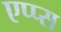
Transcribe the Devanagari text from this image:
एप्प्स